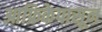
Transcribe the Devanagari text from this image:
आफ्रिकेपासून